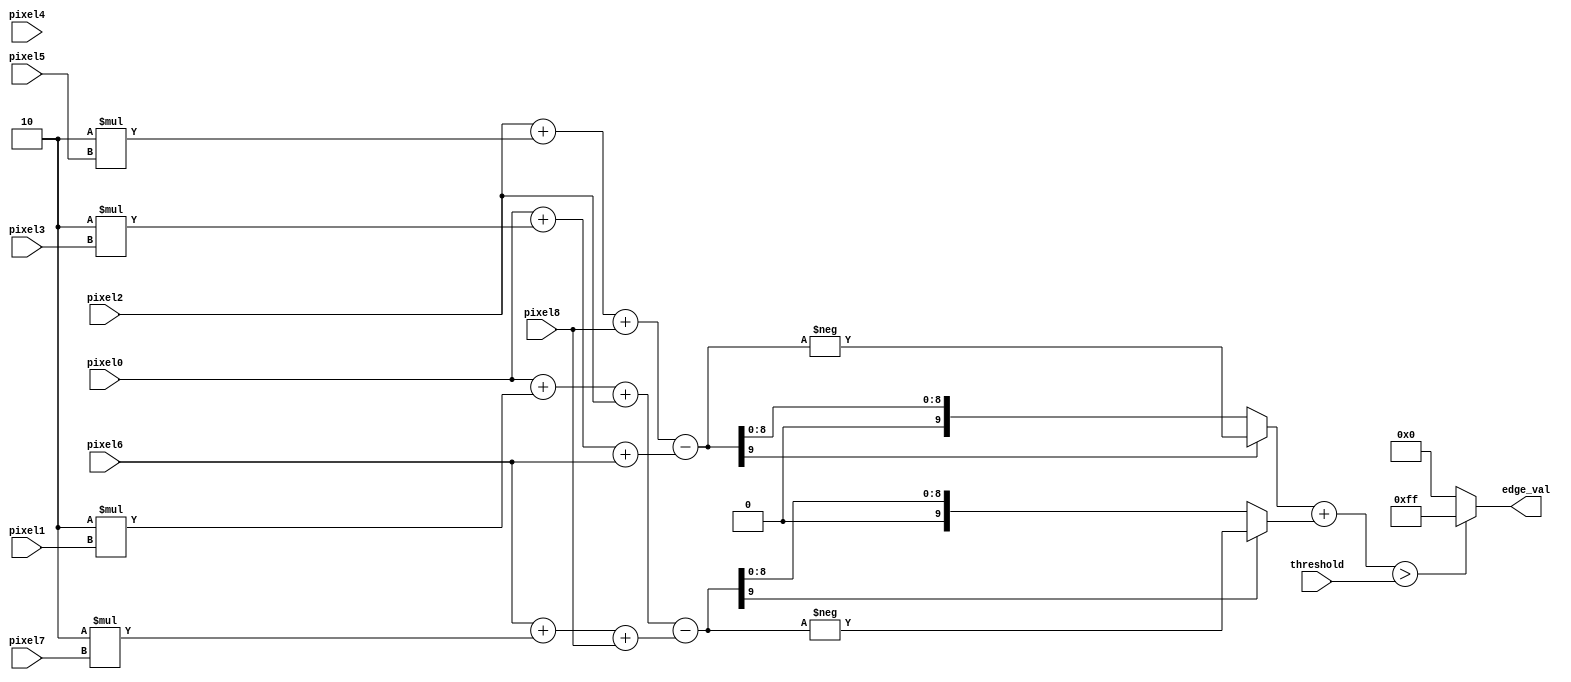
module sobel
(
    input wire  [7:0]   pixel0, pixel1, pixel2,
                        pixel3, pixel4, pixel5,
                        pixel6, pixel7, pixel8,
    input wire  [7:0]   threshold,
    output wire [7:0]   edge_val
);
    // Sobel kernels
    wire signed [9:0] Gx, Gy;
    wire        [9:0] Gx_abs, Gy_abs;

    // compute the absolute value of pixel 0


    assign Gx = (pixel2 + 2*pixel5 + pixel8) - (pixel0 + 2*pixel3 + pixel6);
    assign Gy = (pixel0 + 2*pixel1 + pixel2) - (pixel6 + 2*pixel7 + pixel8);

    assign Gx_abs = Gx[9] ? -Gx : Gx;
    assign Gy_abs = Gy[9] ? -Gy : Gy;

    // Calculate the edge value
    assign edge_val = (Gx_abs + Gy_abs) > threshold ? 255 : 0;

endmodule